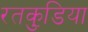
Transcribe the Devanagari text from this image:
रतकुडि़या